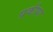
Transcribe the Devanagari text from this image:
प्रकीया